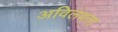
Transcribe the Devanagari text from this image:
अविलंबता